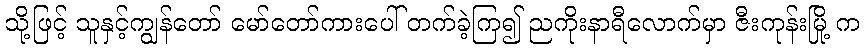
သို့ဖြင့် သူနှင့်ကျွန်တော် မော်တော်ကားပေါ် တက်ခဲ့ကြ၍ ညကိုးနာရီလောက်မှာ ဇီးကုန်းမြို့ က